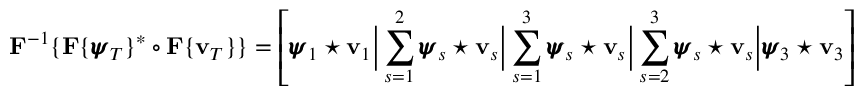
{ \bf F } ^ { - 1 } \{ { \bf F } \{ { \pmb { \psi } } _ { T } \} ^ { * } \circ { \bf F } \{ { \bf v } _ { T } \} \} = \left[ { \pmb { \psi } } _ { 1 } \star { \bf v } _ { 1 } \biggr \rvert \sum _ { s = 1 } ^ { 2 } { \pmb { \psi } } _ { s } \star { \bf v } _ { s } \biggr \rvert \sum _ { s = 1 } ^ { 3 } { \pmb { \psi } } _ { s } \star { \bf v } _ { s } \biggr \rvert \sum _ { s = 2 } ^ { 3 } { \pmb { \psi } } _ { s } \star { \bf v } _ { s } \biggr \rvert { \pmb { \psi } } _ { 3 } \star { \bf v } _ { 3 } \right]